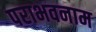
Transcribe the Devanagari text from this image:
पराभवनाम